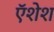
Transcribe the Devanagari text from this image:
ऍशेश